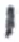
אות: י